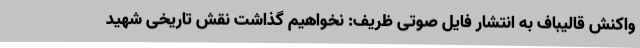
واکنش قالیباف به انتشار فایل صوتی ظریف: نخواهیم گذاشت نقش تاریخی شهید